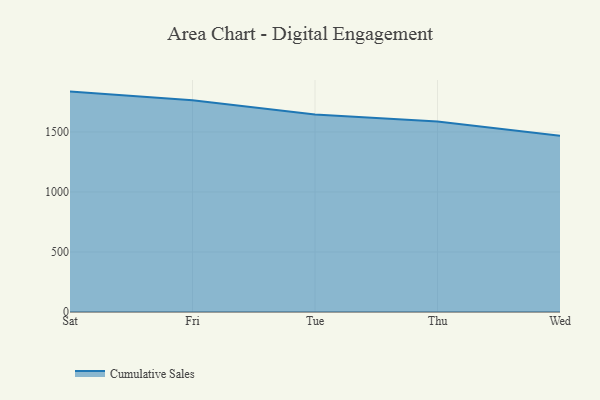
{"axis": {"x": "Day", "y": "Active Users"}, "legend": ["Cumulative Sales"], "data": [{"x": "Sat", "y": 1836.4, "type": "Cumulative Sales"}, {"x": "Fri", "y": 1764.2, "type": "Cumulative Sales"}, {"x": "Tue", "y": 1645.7, "type": "Cumulative Sales"}, {"x": "Thu", "y": 1587.0, "type": "Cumulative Sales"}, {"x": "Wed", "y": 1468.3, "type": "Cumulative Sales"}]}